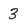
Character: 3